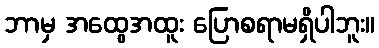
ဘာမှ အထွေအထူး ပြောစရာမရှိပါဘူး။